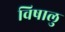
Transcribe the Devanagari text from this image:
विषालु